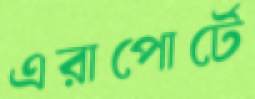
এরাপোর্টে